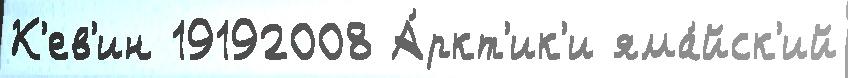
К'ев'ин 19192008 А́ркт'ик'и яма́йск'ий